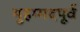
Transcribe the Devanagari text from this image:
मुहम्मदपूर्व